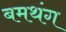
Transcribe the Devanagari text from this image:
बमथंग